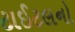
ટાઈટલનો